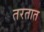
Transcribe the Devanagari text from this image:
तरतात